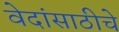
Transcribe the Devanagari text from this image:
वेदांसाठीचे